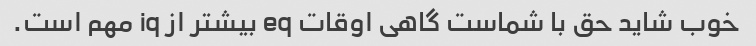
خوب شاید حق با شماست گاهی اوقات eq بیشتر از iq مهم است.